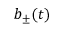
b _ { \pm } ( t )